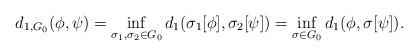
LaTeX: \begin{align*}d_{1, G_0}(\phi, \psi)=\inf_{\sigma_1, \sigma_2\in G_0} d_1(\sigma_1[\phi], \sigma_2[\psi])=\inf_{\sigma\in G_0}d_1(\phi, \sigma[\psi]). \end{align*}